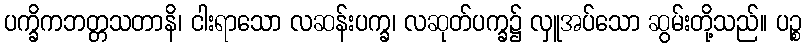
ပက္ခိကဘတ္တသတာနိ၊ ငါးရာသော လဆန်းပက္ခ၊ လဆုတ်ပက္ခ၌ လှူအပ်သော ဆွမ်းတို့သည်။ ပဉ္စ